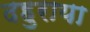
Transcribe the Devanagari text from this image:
दहुराया